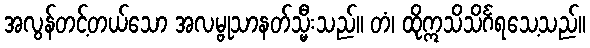
အလွန်တင့်တယ်သော အလမ္ဗုသာနတ်သ္မီးသည်။ တံ၊ ထိုဣသိသိင်္ဂရသေ့သည်။